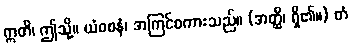
ဣတိ၊ ဤသို့။ ယံဝစနံ၊ အကြင်စကားသည်။ (အတ္ထိ၊ ရှိ၏။) တံ